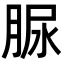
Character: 脲